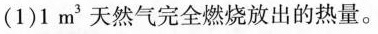
(1)1m^{3}天然气完全燃烧放出的热量。